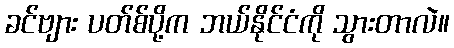
ခင်ဗျား ပတ်စ်ပို့က ဘယ်နိုင်ငံကို သွားတာလဲ။